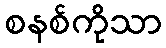
စနစ်ကိုသာ